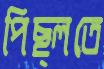
পিছ্‌লতে